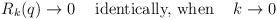
LaTeX: \begin{align*}R_k(q)\to 0 \hspace{0.5cm} \hbox{identically,}\ \hbox{when} \hspace{0.5cm} k\to 0\hspace{0.5cm}\end{align*}